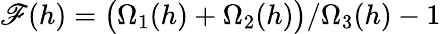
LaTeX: \mathscr{F}(h)=\big(\Omega_{1}(h)+\Omega_{2}(h)\big)/\Omega_{3}(h)-1